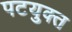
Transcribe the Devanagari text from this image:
पटयुक्त